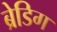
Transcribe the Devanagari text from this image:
ब्रेडिग